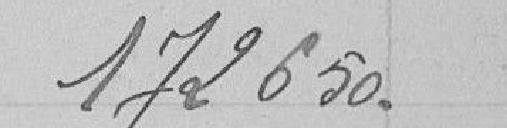
172650 .